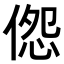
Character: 𪝔